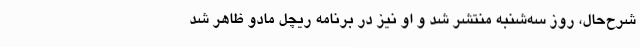
شرح‌حال، روز سه‌شنبه منتشر شد و او نیز در برنامه ریچل مادو ظاهر شد